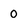
Character: 0